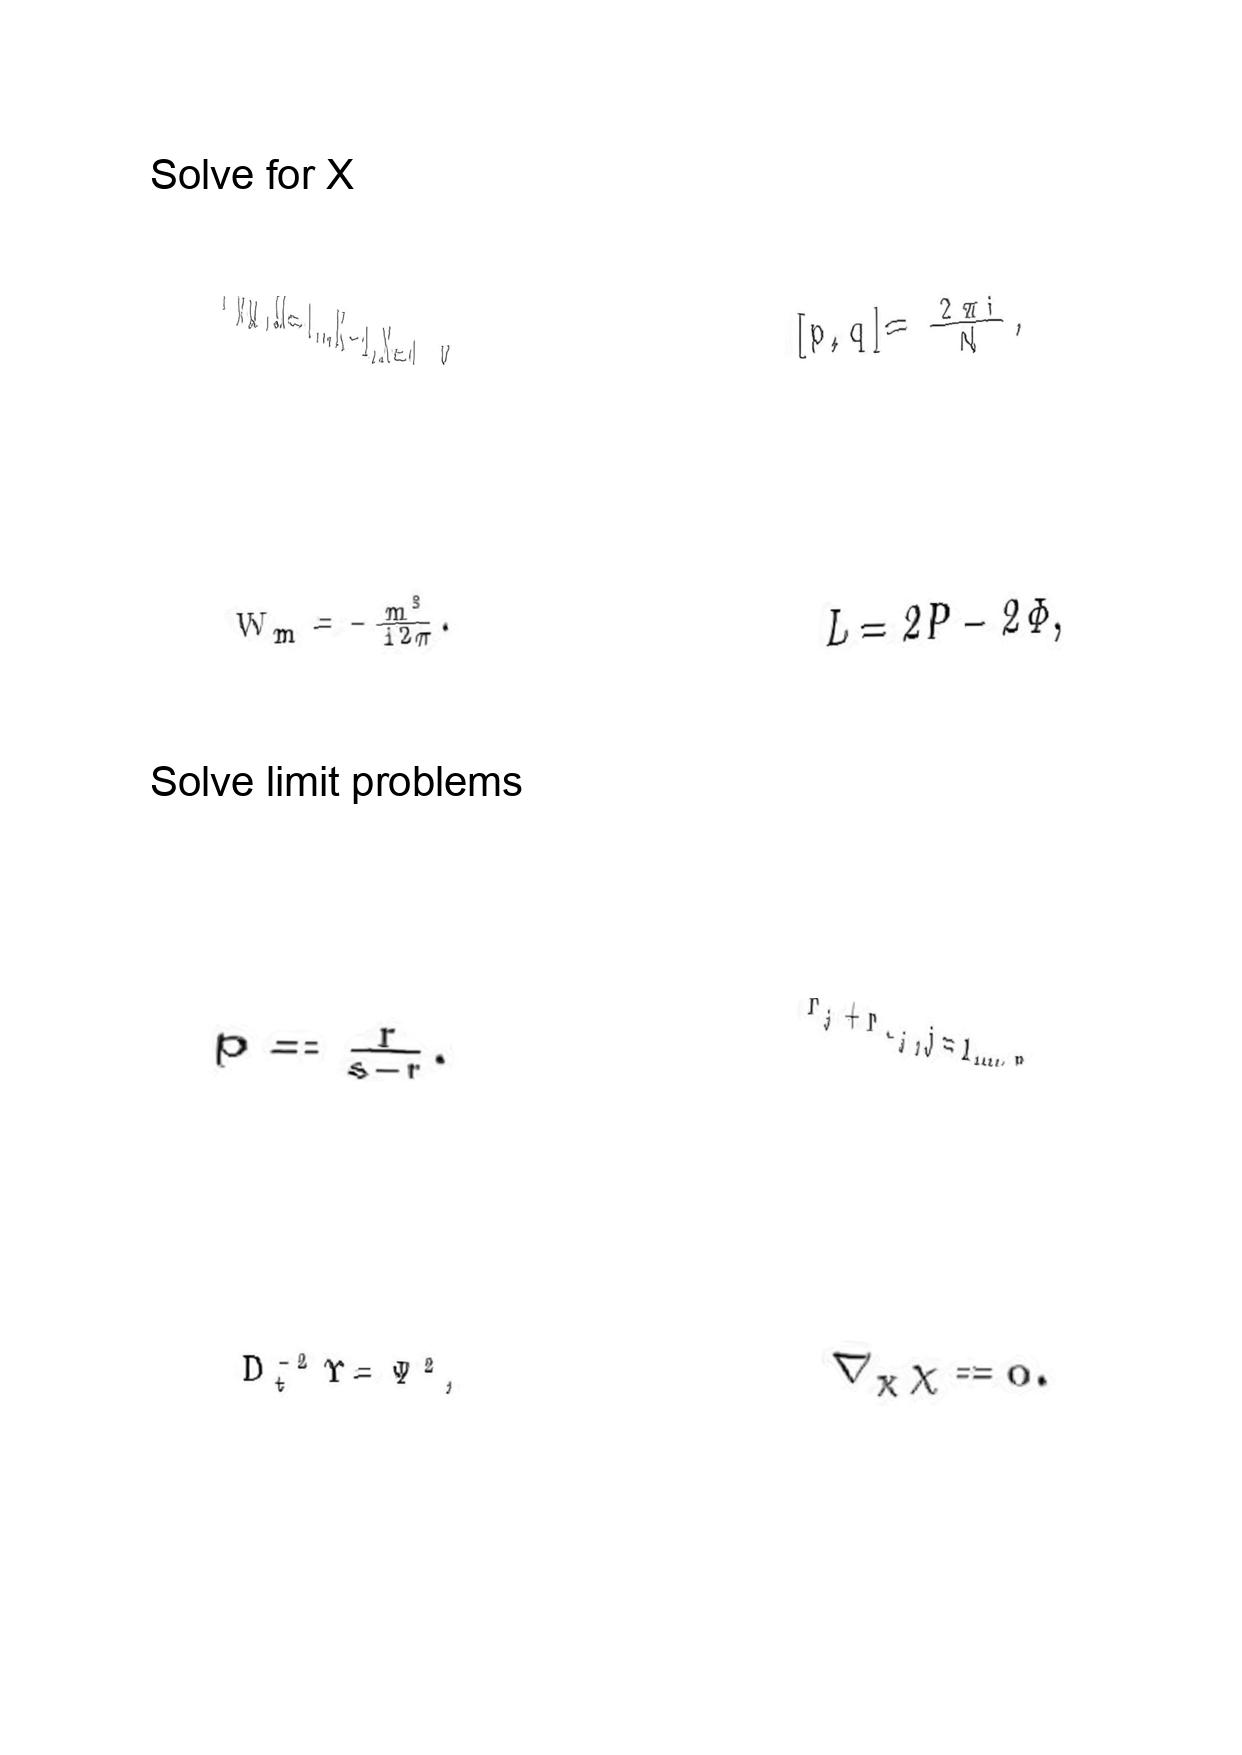
LaTeX transcription:
Y _ { N M } , M = 1 \ldots K - 1 , N = 1 \ldots K
W _ { m } = - \frac { m ^ { 3 } } { 1 2 \pi } .
p = \frac { r } { s - r } .
D _ { t } ^ { - 2 } \Upsilon = \Psi ^ { 2 } ,
\lbrack p , q \rbrack = \frac { 2 \pi i } { N } ,
L = 2 P - 2 \Phi ,
r _ { j } + r _ { - j } , j = 1 , \ldots , r ,
\nabla _ { \chi } \chi = 0 .